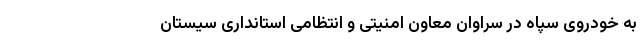
به خودروی سپاه در سراوان معاون امنیتی و انتظامی استانداری سیستان